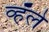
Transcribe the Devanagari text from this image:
व्हॅले